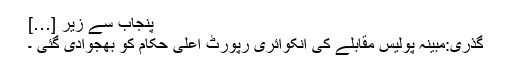
پنجاب سے زیر […]
گذری:مبینہ پولیس مقابلے کی انکوائری رپورٹ اعلیٰ حکام کو بھجوادی گئی ۔